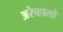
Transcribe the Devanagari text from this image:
अरेव्हालो